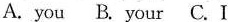
A. you B. Your C.Ⅰ